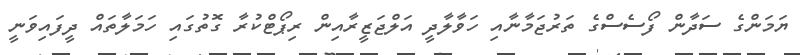
ޔަމަންގެ ސަދާން ފޯސެސްގެ ތަރުޖަމާނާއި ހަވާލާދީ އަލްޖަޒީރާއިން ރިޕޯޓްކުރާ ގޮތުގައި ހަމަލާތައް ދީފައިވަނީ